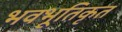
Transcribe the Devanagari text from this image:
भवभूतिकृत